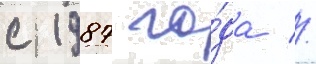
с 1987 го́да //